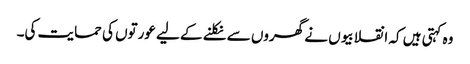
وہ کہتی ہیں کہ انقلابیوں نے گھروں سے نکلنے کے لیے عورتوں کی حمایت کی۔